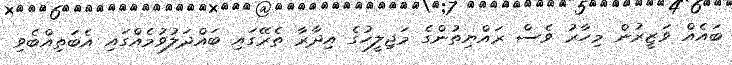
ބައެއް ވަޒީރުން މިހާރު ވެސް ރައްޔިތުންގެ މަޖިލީހުގެ އިދާރާ ތެރޭގައި ބައްދަލުވުމެއްގައި އެބަތިއްބެވި